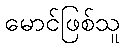
မောင်ဖြစ်သူ